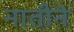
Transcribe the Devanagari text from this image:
नातीने